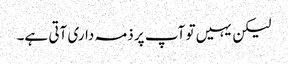
لیکن یہیں تو آپ پر ذمہ داری آتی ہے۔